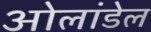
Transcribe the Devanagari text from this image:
ओलांडेल